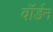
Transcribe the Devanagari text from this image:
वॉर्डन